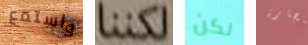
واستمع لكننا لكن بتجارة